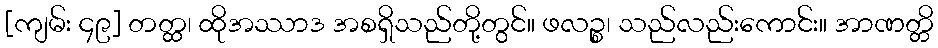
[ကျမ်း ၄၉] တတ္ထ၊ ထိုအဿာဒ အစရှိသည်တို့တွင်။ ဖလဉ္စ၊ သည်လည်းကောင်း။ အာဏတ္တိ